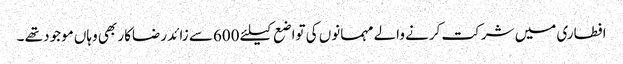
افطاری میں شرکت کرنے والے مہمانوں کی تواضع کیلئے 600سے زائد رضاکار بھی وہاں موجود تھے ۔